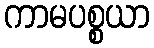
ကာမပစ္စယာ